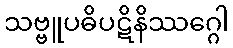
သဗ္ဗူပဓိပဋိနိဿဂ္ဂေါ